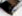
هاى